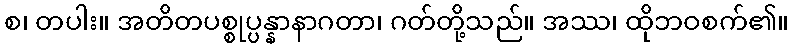
စ၊ တပါး။ အတိတပစ္စုပ္ပန္နာနာဂတာ၊ ဂတ်တို့သည်။ အဿ၊ ထိုဘဝစက်၏။